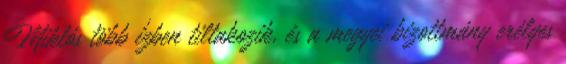
Miklós több ízben tiltakozik, és a megyei bizottmány erélyes